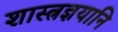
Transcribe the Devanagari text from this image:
शास्त्रज्ञयानि